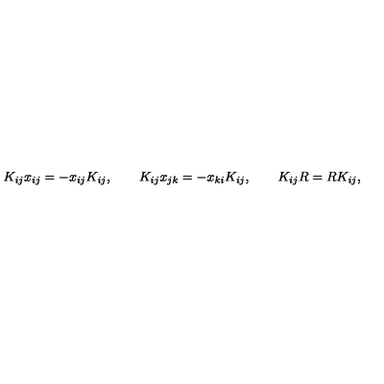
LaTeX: K _ { i j } x _ { i j } = - x _ { i j } K _ { i j } , \qquad K _ { i j } x _ { j k } = - x _ { k i } K _ { i j } , \qquad K _ { i j } R = R K _ { i j } ,